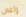
راعى